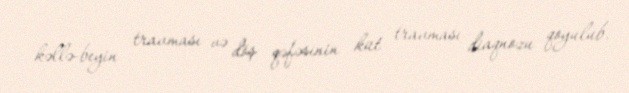
kəllə-beyin travması və döş qəfəsinin küt travması diaqnozu qoyulub.